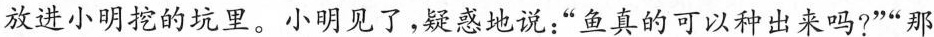
放进小明挖的坑里。 小明见了，疑惑地说：”鱼真的可以种出来吗?””那